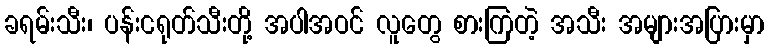
ခရမ်းသီး၊ ပန်းငရုတ်သီးတို့ အပါအဝင် လူတွေ စားကြတဲ့ အသီး အများအပြားမှာ